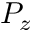
P _ { z }